Cholera in India, 1862 to 1881
Year: 1862
Disease focus: Cholera
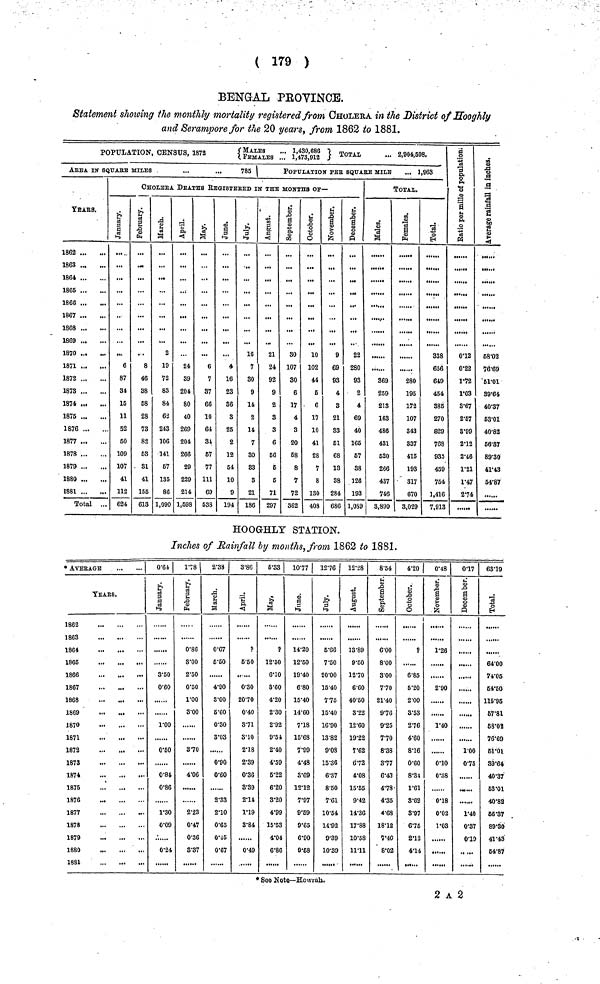
( 179 )
BENGAL PROVINCE.
Statement showing the monthly mortality registered from CHOLERA in the District of Hooghly
and Serampore for the 20 years, from 1862 to 1881.
POPULATION, CENSUS, 1872
{FEMALES . 1,473,912 } TOTAL 2,904,598.
ArEA IN SQUARE MILES
...
...
785 \
YeArS.
1864
1865
1866
1867
1863
1869
1870
1871
1872
1878
1874
1875
1876
1877
1878
1879
1880
1881 ...
Total ...
POPULATION PEE SQUARE MILE
... 1,963
CHOLErA DEATHS REGISTERED IN THE MOnTHS OF—
January
6
87
31
15
11
S2
50
109
107
41
112
624
February
..
8
46
38
58
28
73
82
53
31
41
155
613
March
2
19
72
83
84
62
243
106
141
67
135
86
1,090
April
24
39
204
80
40
269
204
266
29
229
214
1,698
May
...
6
1
37
66
10
64
34
57
77
111
69
538
June
...
4
16
23
36
8
25
2
12
54
10
9
194
July
16
7
30
9
14
2
14
7
30
33
3
21
186
August
21
24
92
9
2
3
3
6
56
5
5
71
297
September
SO
107
80
6
17
4
3
20
68
8
7
72
362
Octomber
10
102
44
5
6
17
10
41
28
7
8
130
403
November
9
69
98
4
3
21
S3
61
68
13
38
284
686
December
22
280
93
2
4
69
40
165
57
38
126
193
1.089
TOTAL.
Males
369
259
213
163
486
431
520
266
437
746
3,890
Females
280
195
172
107
343
337
415
193
317
670
8,029
Total
338
656
649
454
385
270
829
768
935
459
754
1,416
7,913
Ratio per mille of Pop
0·12
0·22
1·72
1·03
3·67
2·57
3·99
2·12
2·46
1·21
1·47
274
Average rain
in inches
68·02
76·69
51·01
89·64
40·37
53·01
40·82
66·87
89·30
41·43
54·87
HOOGHLY STATION.
Inches of Rainfall by months, from 1862 to 1881.
• AVERAGE
YEArS.
1862
1863
1864
1865
1866
1867
1868
1869
1870
1871
1872
1873
1874
1875
1876
...
1877
1878
1879
1880
1881
0·64
January
3·50
0·60
1·00
0·50
0·84
0·86
1·30
0·09
0·24
1·78 |
February
0·86
3·00
2·50
0·50
1·00
3·00
3·70
4·06
2·23
0·47
0·36
3·37
2·38
March
0·67
5·50
4·90
3·00
5·60
0·30
3·03
0·90
0·60
2·33
2·10
0·65
0·45
0·67
3·86
April
?
5·50
0·30
20·70
0·40
3·71
3·10
2·18
2·39
0·36
3·39
2·14
1·19
3·84
0·49
5·33 |
May
?
12·50
6·10
3·60
4·20
2·30
2·92
9·54
2·40
4·59
6·22
6·20
3·20
4·99
15·53
4·04
6·86
10·77|
June
14·20
12·50
19·40
6·80
15·40
14·60
7·18
15·68
7·99
4·48
3·69
12·12
7·97
9·69
9·65
6·90
9·58
12·76 |
July
5·66
7·50
20·00
15·40
7·75
15·40
10·90
13·82
9·08
15·36
6·37
8'50
7·61
10·54
14·92
9·39
10·39
12·28
August
13·89
9·50
1270
6·60
40·50
3·22
12·60
19·22
7·62
6·72
4·08
15·55
9·42
14·36
17·88
10·58
11· 11
8·54
September
6·00
8·00
3·00
7·70
21·40
9·76
9·25
7·70
8·38
3·77
6·43
4·78·
4·35
4·68
18·12
7·40
8·02
4·20 |
Octomber
1
?
6·85
5·20
2·00
3·53
2·76
4·60
8·16
0·60
8·34
1·61
3·62
3·97
6·75
2·12
4·14
0·48
Novembe
1·26
2·90
1·40
0·10
0·38
0·18
0·02
1·03
0·17
December
......
1·00
0·75
•
1·40
0·37
0·19
63·19
Total
64·00
74·05
54·50
115·95
57·81
58·02
76·69
61·01
89·64
40·37
63·01
40·82
56·37
89·30
41·43
54·87
* See Note—Howrah.
2 A 2